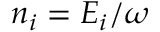
n _ { i } = E _ { i } / \omega